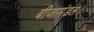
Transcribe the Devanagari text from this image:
बीजामंडल।